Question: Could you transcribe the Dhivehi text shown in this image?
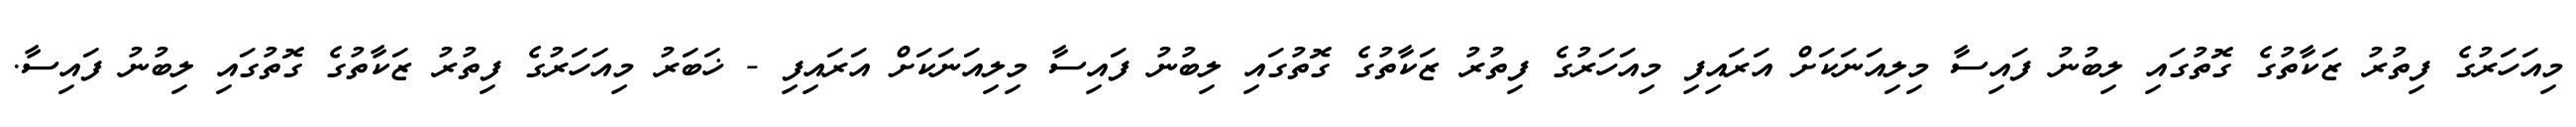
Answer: މިއަހަރުގެ ފިތުރު ޒަކާތުގެ ގޮތުގައި ލިބުނު ފައިސާ މިލިއަނަކަށް އަރައިފި މިއަހަރުގެ ފިތުރު ޒަކާތުގެ ގޮތުގައި ލިބުނު ފައިސާ މިލިއަނަކަށް އަރައިފި - ޚަބަރު މިއަހަރުގެ ފިތުރު ޒަކާތުގެ ގޮތުގައި ލިބުނު ފައިސާ.